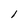
Character: l